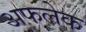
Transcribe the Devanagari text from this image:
अफलेक